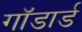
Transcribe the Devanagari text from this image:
गॉडार्ड